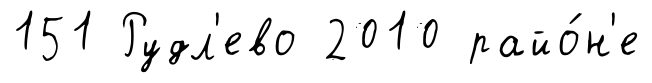
151 Рудл'ево 2010 райо́н'е